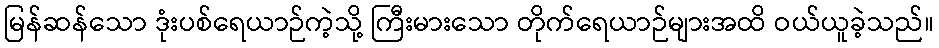
မြန်ဆန်သော ဒုံးပစ်ရေယာဉ်ကဲ့သို့ ကြီးမားသော တိုက်ရေယာဉ်များအထိ ဝယ်ယူခဲ့သည်။